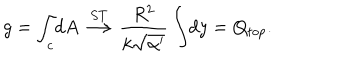
LaTeX: g = \int _ { c } \! d A \stackrel { S T } { \longrightarrow } \frac { R ^ { 2 } } { k \sqrt { \alpha ^ { \prime } } } \int \! d y = Q _ { t o p } .